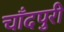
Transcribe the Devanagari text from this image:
चाँदपुरी